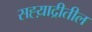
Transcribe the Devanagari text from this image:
सह्य़ाद्रीतील